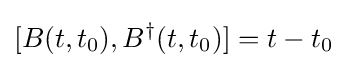
[B(t,t_{0}),B^{\dagger }(t,t_{0})]=t-t_{0}